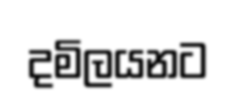
දමිලයනට